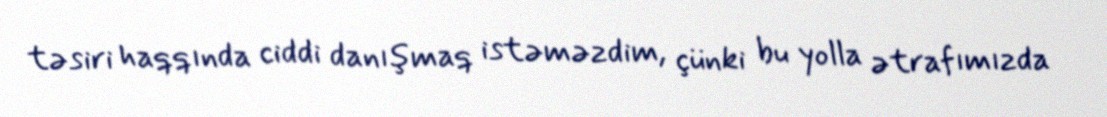
təsiri haqqında ciddi danışmaq istəməzdim, çünki bu yolla ətrafımızda